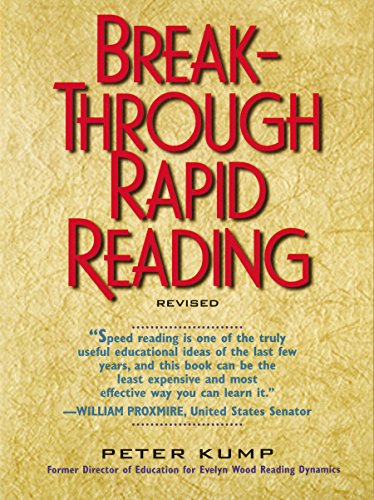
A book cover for Breakthrough Rapid Reading; Peter Kump; Reference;